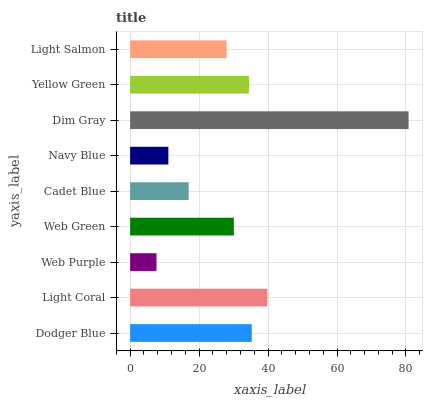
| yaxis_label | bars |
 | --- | --- |
 | Dodger Blue | 35.3 |
 | Light Coral | 39.8 |
 | Web Purple | 7.65 |
 | Web Green | 30.1 |
 | Cadet Blue | 17 |
 | Navy Blue | 11.1 |
 | Dim Gray | 80.8 |
 | Yellow Green | 34.5 |
 | Light Salmon | 28 |